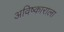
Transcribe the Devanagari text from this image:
अविष्काराला